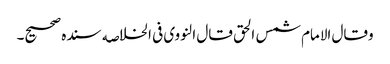
وقال الامام شمس الحق قال النووی فی الخلاصه سنده صحیح۔